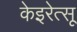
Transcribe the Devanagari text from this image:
केइरेत्सू